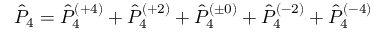
\hat { P } _ { 4 } = \hat { P } _ { 4 } ^ { ( + 4 ) } + \hat { P } _ { 4 } ^ { ( + 2 ) } + \hat { P } _ { 4 } ^ { ( \pm 0 ) } + \hat { P } _ { 4 } ^ { ( - 2 ) } + \hat { P } _ { 4 } ^ { ( - 4 ) }